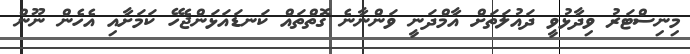
މިނިސްޓަރު ވިދާޅުވީ ދައުލަތަށް އާމްދަނީ ވަންނާނެ ގޮތްތައް ކަނޑައަޅަންޖެހޭ ކަމަށާއި އެހެން ނޫން